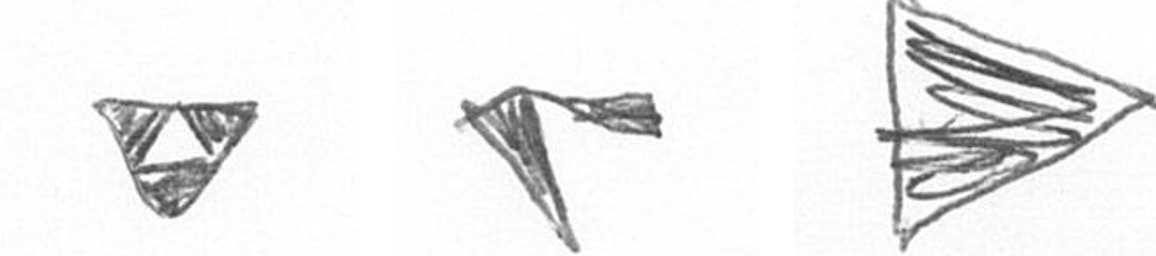
S F T